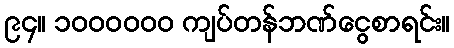
၉၄။ ၁၀၀၀၀၀၀ ကျပ်တန်ဘဏ်ငွေစာရင်း။